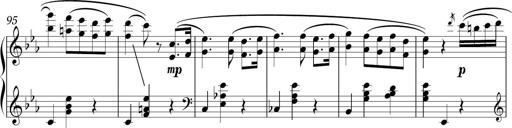
Title: Sonatina in E minor
Composer: Shuwen Zhang
Key: E minor